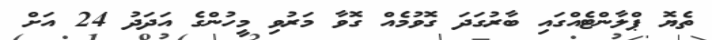
ތެޔޮ ޕްލާންޓެއްގައި ބާރުގަދަ ގޮވުމެއް ގޮވާ މަރުވި މީހުންގެ އަދަދު 24 އަށް